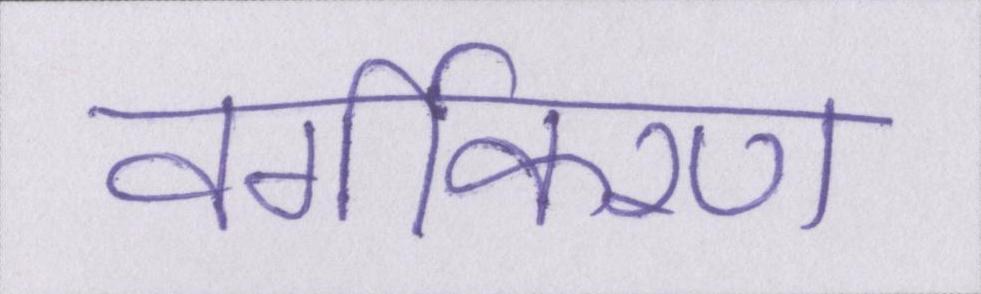
वर्गीकरण